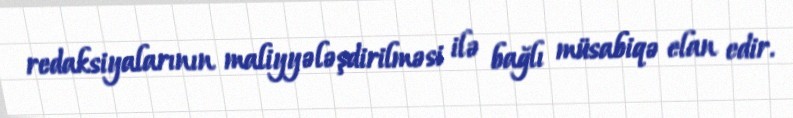
redaksiyalarının maliyyələşdirilməsi ilə bağlı müsabiqə elan edir.